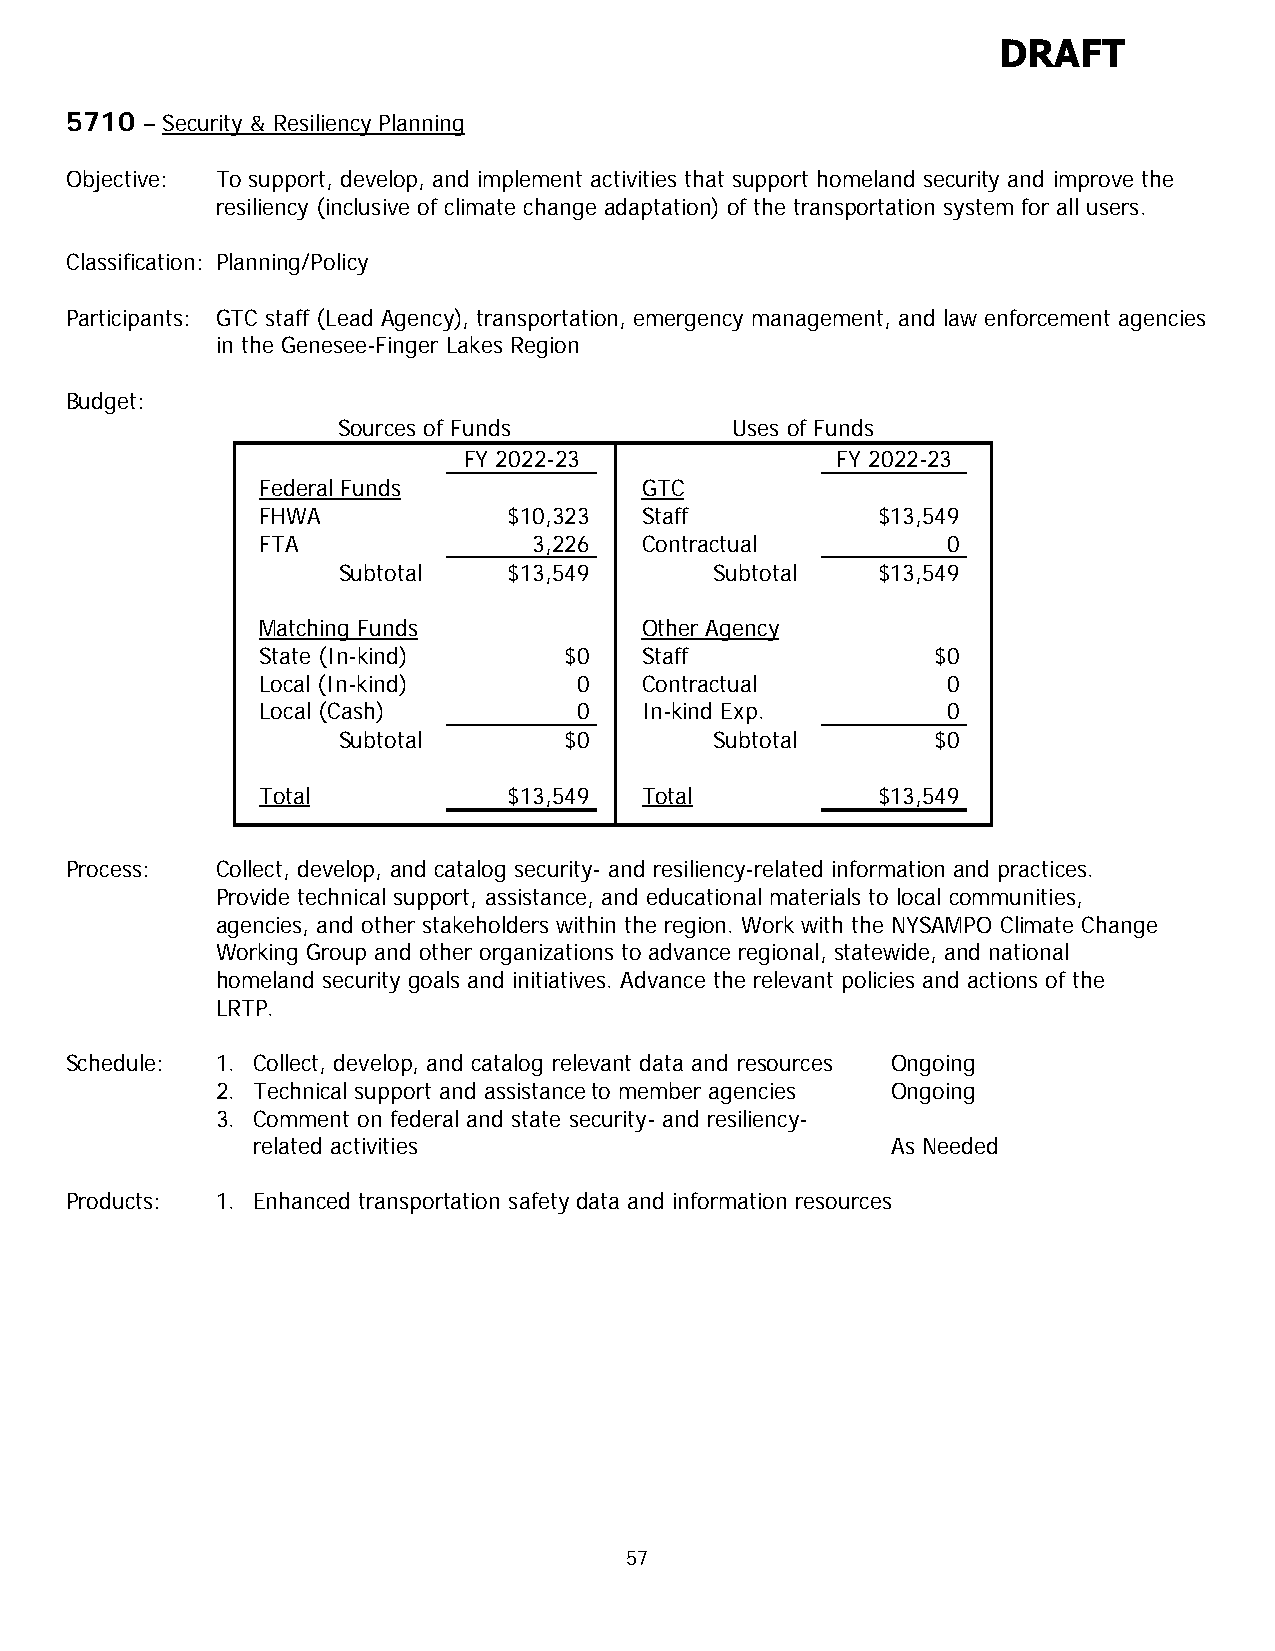
DRAFT
 5710 – Security & Resiliency Planning
 Objective: To support, develop, and implement activities that support homeland security and improve the
 resiliency (inclusive of climate change adaptation) of the transportation system for all users.
 Classification: Planning/Policy
 Participants: GTC staff (Lead Agency), transportation, emergency management, and law enforcement agencies
 in the Genesee-Finger Lakes Region
 Budget:
 Sources of Funds          Uses of Funds
 FY 2022-23              FY 2022-23
 Federal Funds            GTC
 FHWA             $10,323 Staff           $13,549
 FTA               3,226  Contractual          0
 Subtotal    $13,549      Subtotal   $13,549
 Matching Funds           Other Agency
 State (In-kind)     $0   Staff               $0
 Local (In-kind)      0   Contractual          0
 Local (Cash)         0   In-kind Exp.         0
 Subtotal       $0        Subtotal       $0
 Total            $13,549 Total           $13,549
 Process:  Collect, develop, and catalog security- and resiliency-related information and practices.
 Provide technical support, assistance, and educational materials to local communities,
 agencies, and other stakeholders within the region. Work with the NYSAMPO Climate Change
 Working Group and other organizations to advance regional, statewide, and national
 homeland security goals and initiatives. Advance the relevant policies and actions of the
 LRTP.
 Schedule: 1. Collect, develop, and catalog relevant data and resources Ongoing
 2. Technical support and assistance to member agencies Ongoing
 3. Comment on federal and state security- and resiliency-
 related activities                        As Needed
 Products: 1. Enhanced transportation safety data and information resources
 57